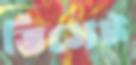
ভিসেট